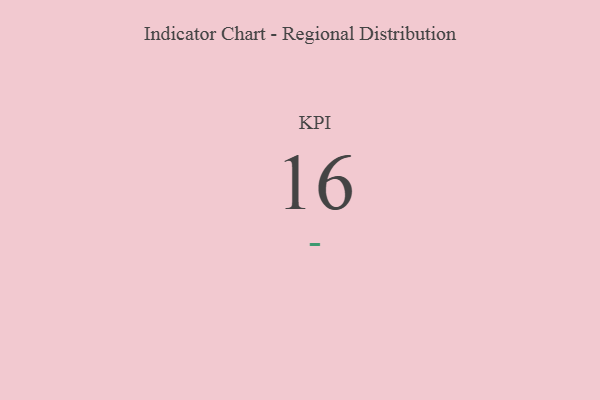
{"axis": {"x": "KPI", "y": "Value"}, "legend": [""], "data": [{"x": "KPI", "y": 16, "type": ""}]}